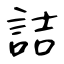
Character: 詰